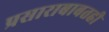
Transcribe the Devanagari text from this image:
प्रसाराबाबतही